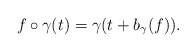
\begin{align*} f\circ\gamma(t) = \gamma(t + b_\gamma(f)). \end{align*}